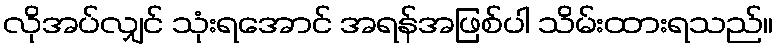
လိုအပ်လျှင် သုံးရအောင် အရန်အဖြစ်ပါ သိမ်းထားရသည်။